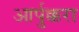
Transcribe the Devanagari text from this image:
आर्पुक्करा